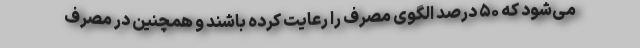
می‌شود که ۵۰ درصد الگوی مصرف را رعایت کرده باشند و همچنین در مصرف